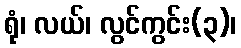
ရုံ၊ လယ်၊ လွင်ကွင်း(၃)၊